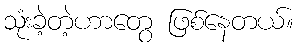
သုံးခဲ့တဲ့ဟာတွေ ဖြစ်နေတယ်။